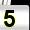
Digit: 5